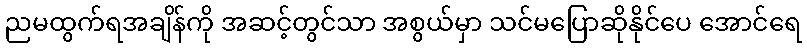
ညမထွက်ရအချိန်ကို အဆင့်တွင်သာ အစွယ်မှာ သင်မပြောဆိုနိုင်ပေ အောင်ရေ